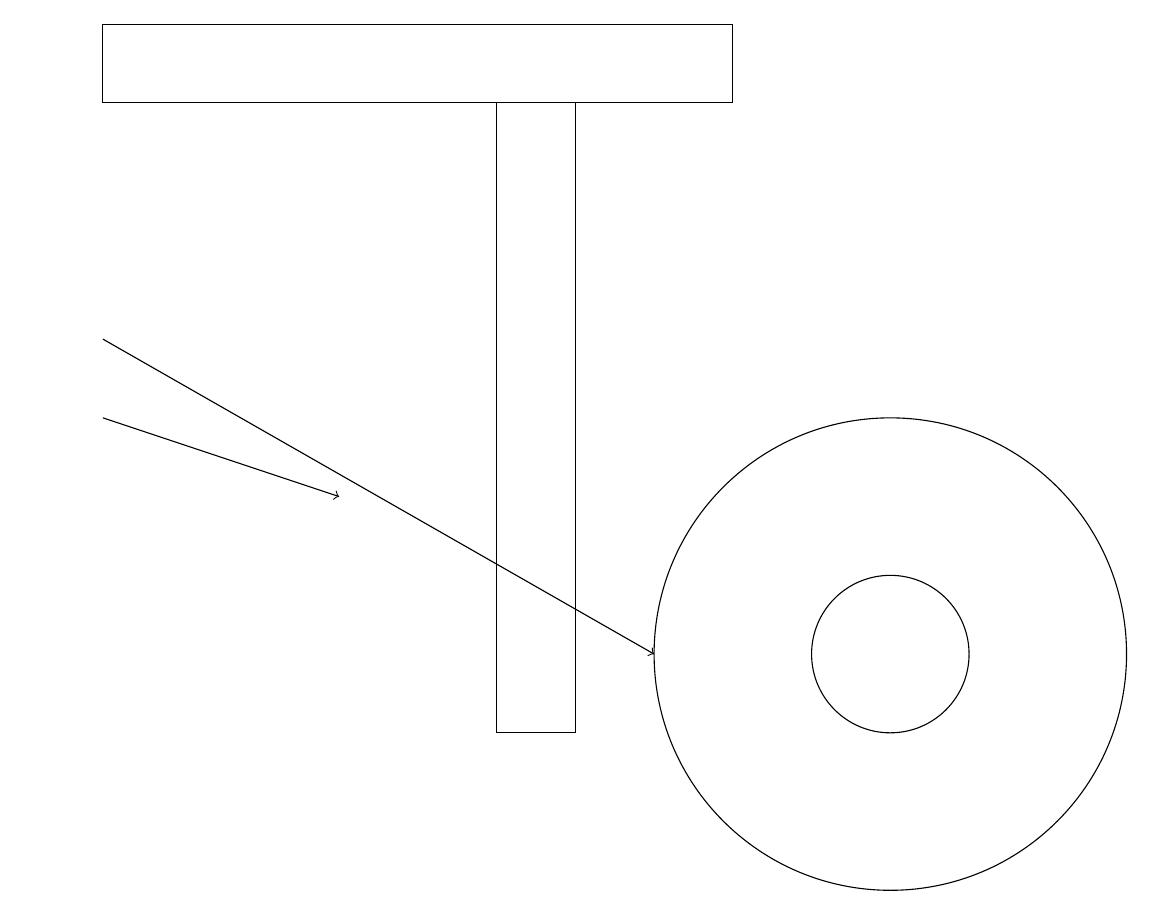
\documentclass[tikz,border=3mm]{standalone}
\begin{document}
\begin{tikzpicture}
\draw (11,11) circle (1);
\draw (1,18) rectangle (9,19);
\draw[->] (1,14) -- (4,13);
\draw (7,10) rectangle (6,18);
\draw (11,11) circle (3);
\draw (0,12) rectangle (0,12);
\draw[->] (1,15) -- (8,11);
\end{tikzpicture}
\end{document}